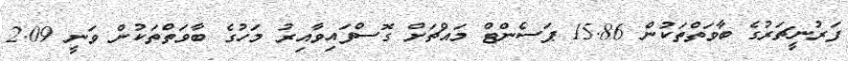
ފަރުނީޗަރުގެ ބާވަތްތަކުން 15.86 ޕަސެންޓް މައްޗަށް ގޮސްފައިވާއިރު މަހުގެ ބާވަތްތަކުން ވަނީ 2.09